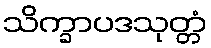
သိက္ခာပဒသုတ္တံ